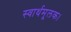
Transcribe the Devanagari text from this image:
स्वार्थमूलक।